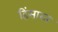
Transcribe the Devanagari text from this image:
हिंसारत